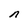
Character: n